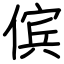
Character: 傧